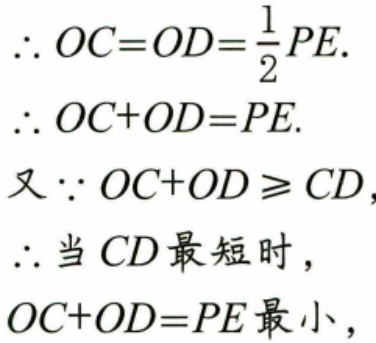
\(\therefore OC = OD=\frac{1}{2}PE.\)
\(\therefore OC + OD = PE.\)
又\(\because OC + OD\geqslant CD,\)
\(\therefore\)当\(CD\)最短时，
\(OC + OD = PE\)最小，